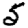
Digit: 5